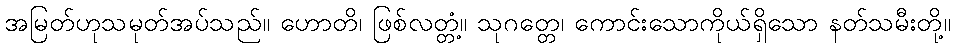
အမြတ်ဟုသမုတ်အပ်သည်။ ဟောတိ၊ ဖြစ်လတ္တံ့။ သုဂတ္တေ၊ ကောင်းသောကိုယ်ရှိသော နတ်သမီးတို့။